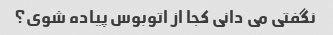
نگفتی می دانی کجا از اتوبوس پیاده شوی؟